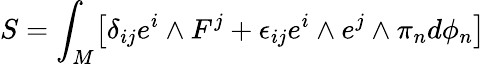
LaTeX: S=\int_{M}\bigl[\delta_{ij}e^{i}\wedge F^{j}+\epsilon_{ij}e^{i}\wedge e^{j}\wedge\pi_{n}d\phi_{n}\bigr]